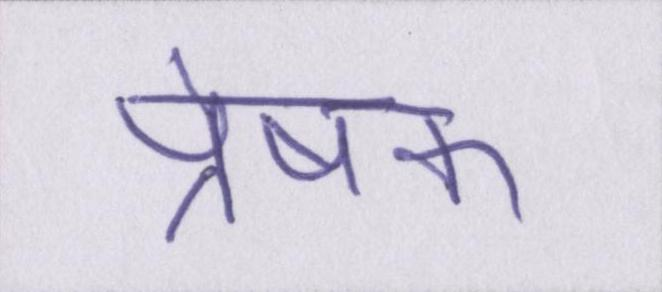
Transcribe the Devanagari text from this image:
प्रेषक